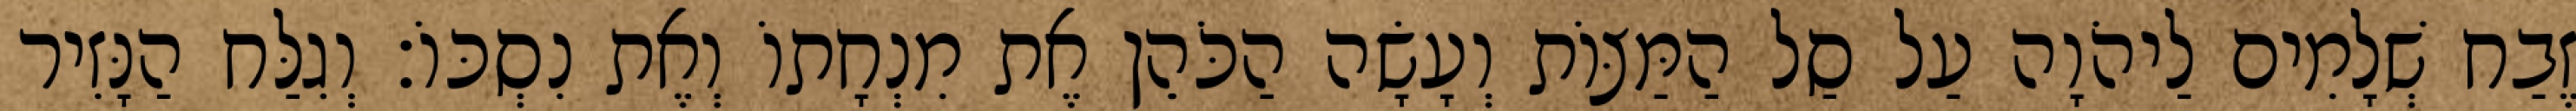
זֶבַח שְׁלָמִים לַיהֹוָה עַל סַל הַמַּצּוֹת וְעָשָׂה הַכֹּהֵן אֶת מִנְחָתוֹ וְאֶת נִסְכּוֹ׃ וְגִלַּח הַנָּזִיר